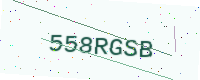
Text: 558RGSB